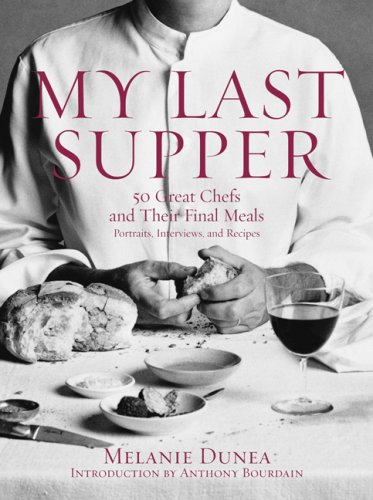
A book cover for My Last Supper: 50 Great Chefs and Their Final Meals / Portraits, Interviews, and Recipes; Melanie Dunea; Cookbooks, Food & Wine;